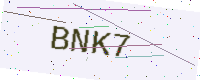
Text: BNK7